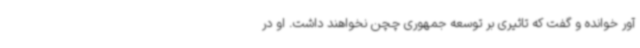
آور خوانده و گفت که تاثیری بر توسعه جمهوری چچن نخواهند داشت. او در